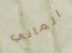
الماني